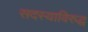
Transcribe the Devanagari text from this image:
सदस्याविरुद्ध